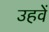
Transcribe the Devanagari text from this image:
उहवें